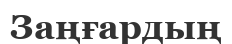
Заңғардың